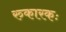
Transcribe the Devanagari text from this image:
रुकारकः